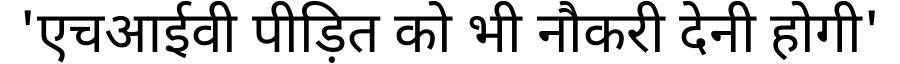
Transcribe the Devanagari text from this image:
'एचआईवी पीड़ित को भी नौकरी देनी होगी'